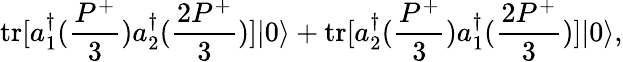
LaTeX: \mathrm{tr}[a_{1}^{\dagger}(\frac{P^{+}}{3})a_{2}^{\dagger}(\frac{2P^{+}}{3})]|0\rangle+\mathrm{tr}[a_{2}^{\dagger}(\frac{P^{+}}{3})a_{1}^{\dagger}(\frac{2P^{+}}{3})]|0\rangle,